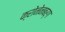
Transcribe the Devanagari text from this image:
क्रोनेनबर्ग